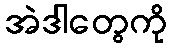
အဲဒါတွေကို